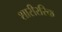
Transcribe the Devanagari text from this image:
शारीररिक